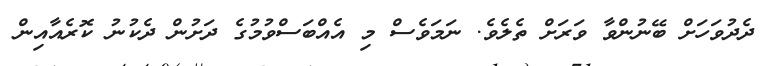
ދެދުވަހަށް ބޭނުންވާ ވަރަށް ތެލެވެ. ނަމަވެސް މި އެއްބަސްވުމުގެ ދަށުން ދެކުނު ކޮރެއާއިން